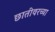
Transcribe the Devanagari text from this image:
छातीवरच्या